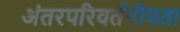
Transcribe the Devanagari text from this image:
अंतरपरिवर्तनीयता